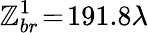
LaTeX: \mathbb{Z}_{br}^{1}\! =\! 191.8\lambda